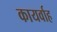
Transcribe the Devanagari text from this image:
कायर्वाह